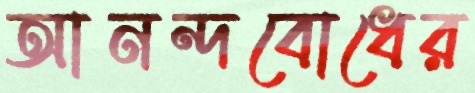
আনন্দবোধের